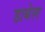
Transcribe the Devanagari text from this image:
डाबेल